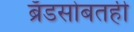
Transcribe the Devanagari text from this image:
ब्रँडसोबतही